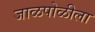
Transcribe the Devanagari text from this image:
जाळपोळीला